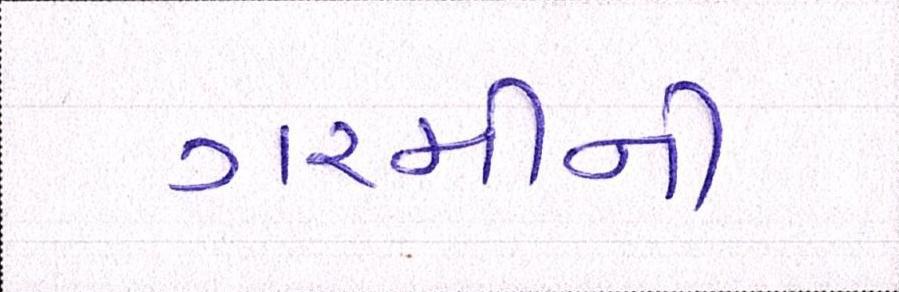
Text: ગરમીની